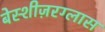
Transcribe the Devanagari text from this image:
बेस्शीज़रग्लास